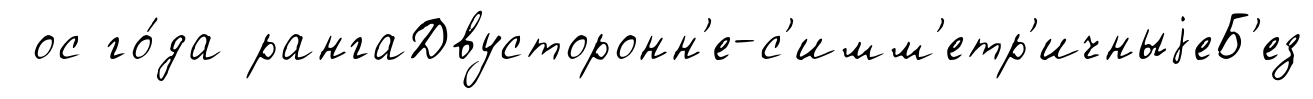
ос го́да рангаДвусторонн'е-с'имм'етр'ичныjеБ'ез